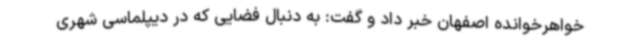
خواهرخوانده اصفهان خبر داد و گفت: به دنبال فضایی که در دیپلماسی شهری